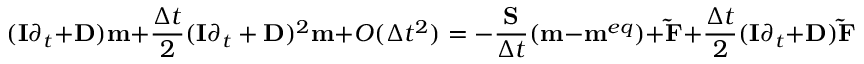
( { \bf { I } } { \partial _ { t } } + { \bf { D } } ) { \bf { m } } + \frac { { \Delta t } } { 2 } { ( { \bf { I } } { \partial _ { t } } + { \bf { D } } ) ^ { 2 } } { \bf { m } } + O ( \Delta { t ^ { 2 } } ) = - \frac { { \bf { S } } } { { \Delta t } } ( { \bf { m } } - { { \bf { m } } ^ { e q } } ) + { \bf { \tilde { F } } } + \frac { { \Delta t } } { 2 } ( { \bf { I } } { \partial _ { t } } + { \bf { D } } ) { \bf { \tilde { F } } }